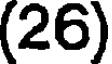
(26)